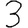
Digit: 3